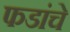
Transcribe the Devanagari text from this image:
फडांचे